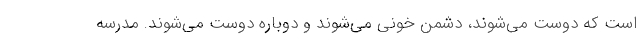
است که دوست می‌شوند، دشمن خونی می‌شوند و دوباره دوست می‌شوند. مدرسه